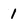
Character: 1